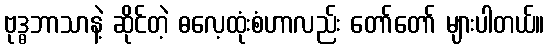
ဗုဒ္ဓဘာသာနဲ့ ဆိုင်တဲ့ ဓလေ့ထုံးစံဟာလည်း တော်တော် များပါတယ်။